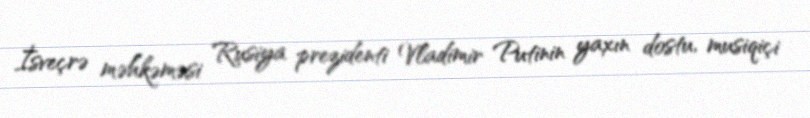
İsveçrə məhkəməsi Rusiya prezidenti Vladimir Putinin yaxın dostu, musiqiçi